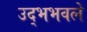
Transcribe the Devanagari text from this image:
उद्भभवले